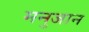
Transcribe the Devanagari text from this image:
मनुजान